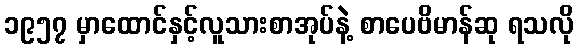
၁၉၅၇ မှာထောင်နှင့်လူသားစာအုပ်နဲ့ စာပေဗိမာန်ဆု ရသလို